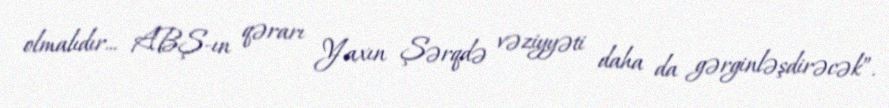
olmalıdır... ABŞ-ın qərarı Yaxın Şərqdə vəziyyəti daha da gərginləşdirəcək”.